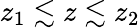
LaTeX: z_{1}\lesssim z\lesssim z_{2}